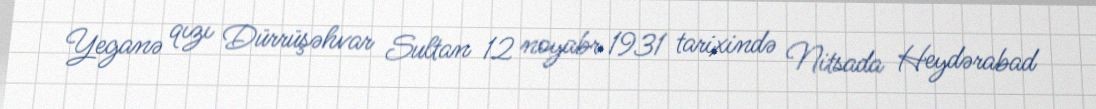
Yeganə qızı Dürrüşəhvar Sultan 12 noyabr 1931 tarixində Nitsada Heydərabad